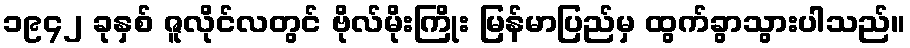
၁၉၄၂ ခုနှစ် ဇူလိုင်လတွင် ဗိုလ်မိုးကြိုး မြန်မာပြည်မှ ထွက်ခွာသွားပါသည်။